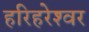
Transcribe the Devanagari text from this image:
हरिहरेश्‍वर